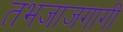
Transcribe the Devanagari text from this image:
तभजाजगागी